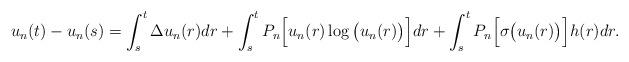
LaTeX: \begin{align*}u_n(t)-u_n(s)=\int_{s}^{t}\Delta u_n(r)dr+\int_{s}^{t}P_n\Big[u_n(r)\log\big(u_n(r)\big)\Big]dr+\int_{s}^{t}P_n\Big[\sigma\big(u_n(r)\big)\Big]h(r)dr.\end{align*}